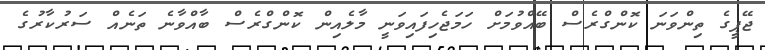
ޖޭޕީގެ ތިންވަނަ ކޮންގްރެސް ބޭއްވުމަށް ހަމަޖެހިފައިވަނީ މާލެއިން ކޮންގްރެސް ބާއްވާނެ ތަނެއް ސަރުކާރުގެ